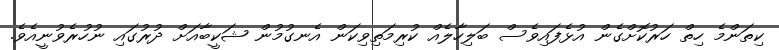
ކިތަންމެ ހިތް ހަރުކޮށްގެން އުޅެފައިވެސް ބަލިހާލެއް ކުރިމަތިވިކަން އެނގުމުން ޝަކީބާއަށް ދުރުގައި ނުހުރެވުނީއެވެ.